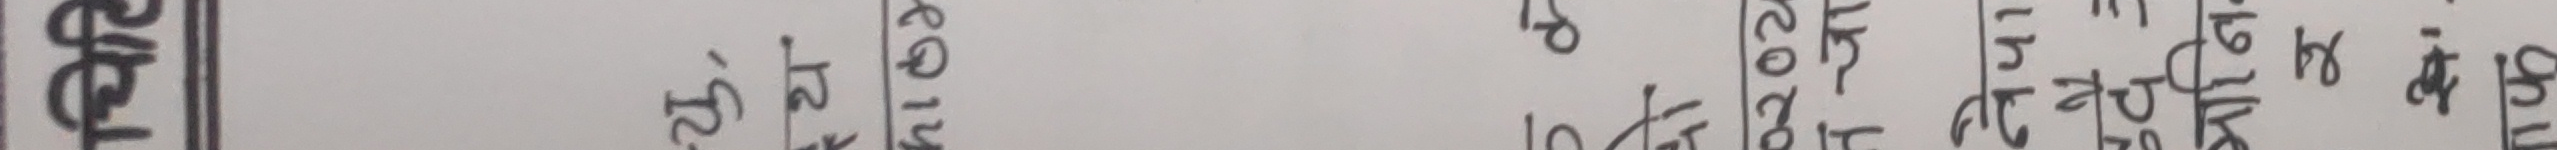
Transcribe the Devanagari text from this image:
मिति
दिनाङ्क
कैफि ट बाँकी जम्मा दस्ता प्रति जम्मा
१५ २० १५ १९ २५ ५ ३५
२५ १० १० १२ २० ८ ३०
४० २० १६ १५ १२ ३०